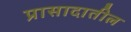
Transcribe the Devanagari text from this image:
प्रासादातील